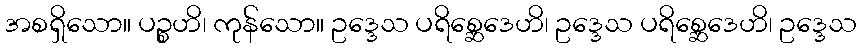
အစရှိသော။ ပဉ္စဟိ၊ ကုန်သော။ ဥဒ္ဒေသ ပရိစ္ဆေဒေဟိ၊ ဥဒ္ဒေသ ပရိစ္ဆေဒေဟိ၊ ဥဒ္ဒေသ